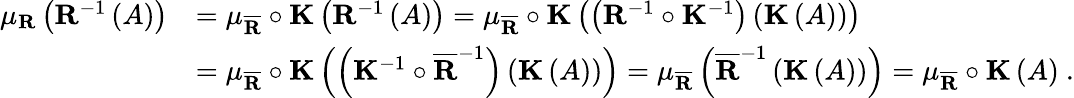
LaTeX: \begin{array}{rl}{\mu_{\mathbf{R}}\left(\mathbf{R}^{-1}\left(A\right)\right)}&{=\mu_{\overline{{\mathbf{R}}}}\circ\mathbf{K}\left(\mathbf{R}^{-1}\left(A\right)\right)=\mu_{\overline{{\mathbf{R}}}}\circ\mathbf{K}\left(\left(\mathbf{R}^{-1}\circ\mathbf{K}^{-1}\right)\left(\mathbf{K}\left(A\right)\right)\right)}\\ &{=\mu_{\overline{{\mathbf{R}}}}\circ\mathbf{K}\left(\left(\mathbf{K}^{-1}\circ\overline{{\mathbf{R}}}^{-1}\right)\left(\mathbf{K}\left(A\right)\right)\right)=\mu_{\overline{{\mathbf{R}}}}\left(\overline{{\mathbf{R}}}^{-1}\left(\mathbf{K}\left(A\right)\right)\right)=\mu_{\overline{{\mathbf{R}}}}\circ\mathbf{K}\left(A\right)\ .}\end{array}